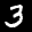
Label: 3